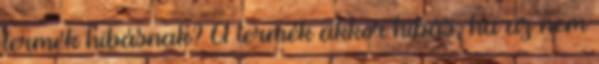
termék hibásnak? A termék akkor hibás, ha az nem